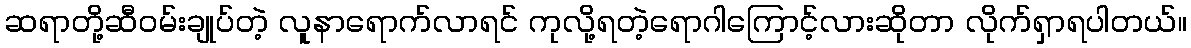
ဆရာတို့ဆီဝမ်းချုပ်တဲ့ လူနာရောက်လာရင် ကုလို့ရတဲ့ရောဂါကြောင့်လားဆိုတာ လိုက်ရှာရပါတယ်။